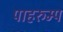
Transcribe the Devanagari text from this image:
पाहरुम्प